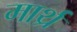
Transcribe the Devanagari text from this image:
मार्थ्र